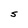
Character: S